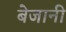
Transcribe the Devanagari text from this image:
बेजानी